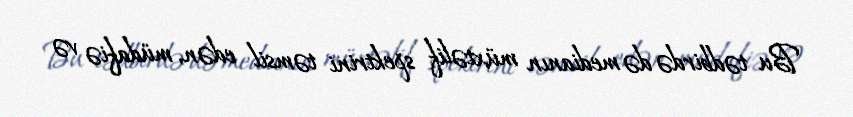
Bu tədbirdə də medianın müxtəlif spektrini təmsil edən, müdafiə və